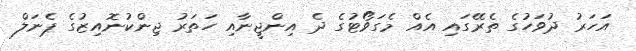
އަހަރު ދުވަހުގެ ތެރޭގައި އެއް މެގަވޯޓުގެ ދެ އިންޖީނާއި ހަތަރު ޖިންކުނޮއިޒުގެ ޕެނަލް